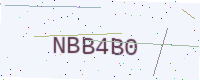
Text: NBB4B0